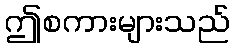
ဤစကားများသည်